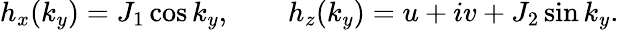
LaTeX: h_{x}(k_{y})=J_{1}\cos k_{y},\qquad h_{z}(k_{y})=u+iv+J_{2}\sin k_{y}.